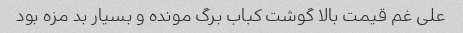
علی غم قیمت بالا گوشت کباب برگ مونده و بسیار بد مزه بود